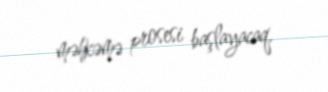
məhkəmə prosesi başlayacaq.